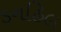
ડનહિલ